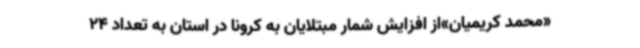
«محمد کریمیان»از افزایش شمار مبتلایان به کرونا در استان به تعداد 24